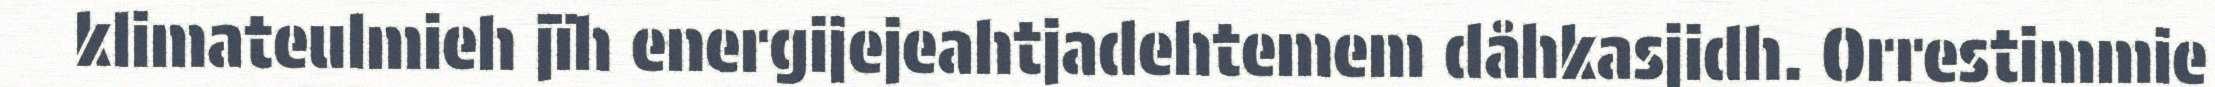
klimateulmieh jïh energijejeahtjadehtemem dåhkasjidh. Orrestimmie